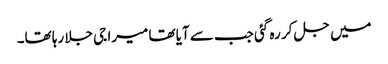
میں جل کر رہ گئی جب سے آیا تھا میرا جی جلا رہا تھا۔